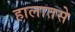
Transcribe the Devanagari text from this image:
हालातसे